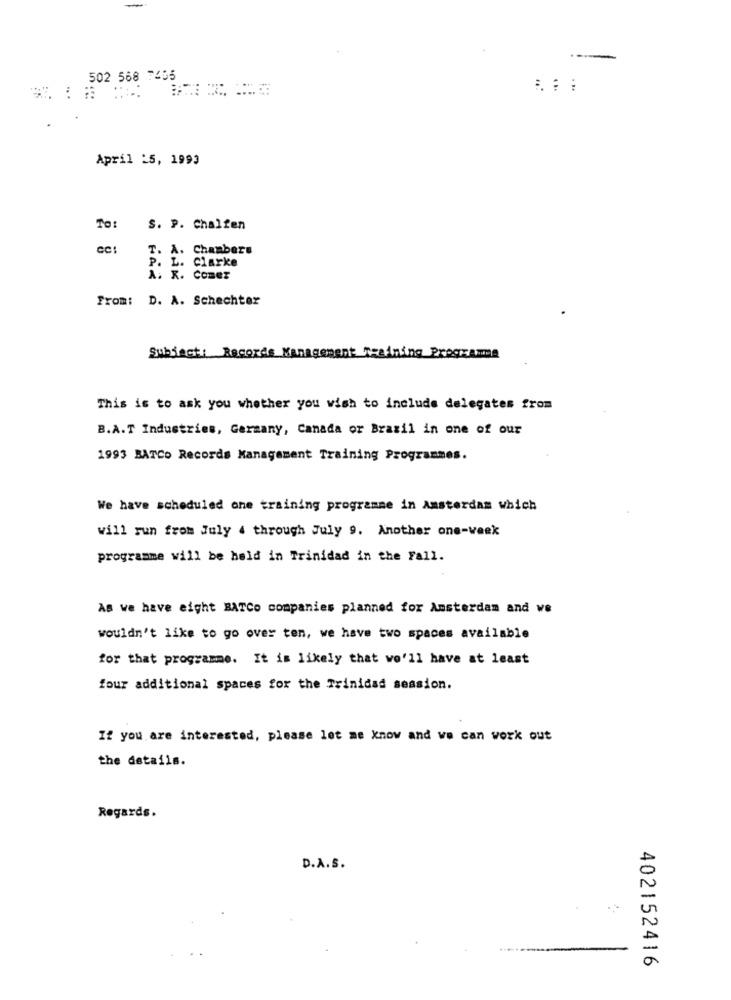
-
502 568 7455
April :5, 1993
To:
S. P. Chalfen
cc:
T. A. Chambers
L. Clarke
A. R. Comer
From: D. A. Schechter
Subject: Records Management Training Programme
This is to ask you whether you wish to include delegates from
B.A.T Industries, Germany, Canada or Brazil in one of our
1993 BATCO Records Management Training Programmes.
We have scheduled one training programme in Amsterdam which
will run from July 4 through July 9. Another one-week
programme will be held in Trinidad in the Fall.
As we have eight BATCo companies planned for Amsterdam and we
wouldn't like to go over ten, we have two spaces available
for that programme. It is likely that we'll have at least
four additional spaces for the Trinidad session.
If you are interested, please let me know and we can work out
the details.
Regards.
D.A.S.
402152416